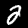
Label: 2